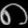
Digit: ၈